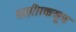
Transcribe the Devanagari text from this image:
शारीरकसूत्र